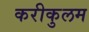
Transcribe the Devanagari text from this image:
करीकुलम